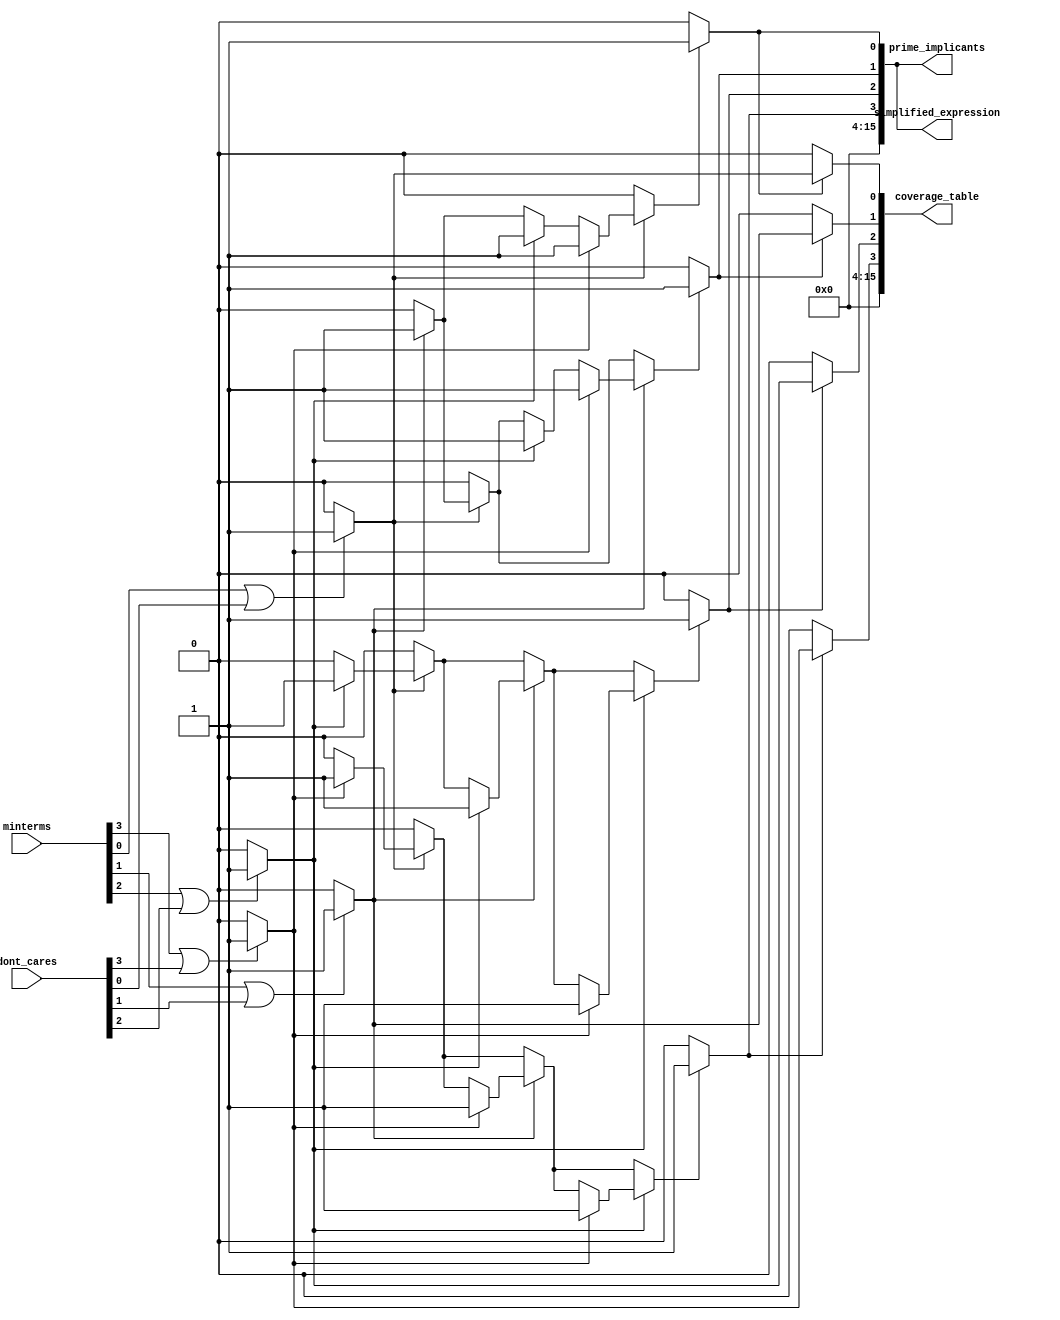
module PrimeImplicantExtractor (
    input [3:0] minterms,          // 4-bit input for minterms (e.g., 0-15 for 4 variables)
    input [3:0] dont_cares,       // 4-bit input for don't care conditions
    output reg [15:0] prime_implicants, // Output for prime implicants
    output reg [15:0] coverage_table,    // Coverage table for minterms
    output reg [15:0] simplified_expression // Simplified expression in canonical form
);

// Internal signals
reg [15:0] implicants; // Intermediate implicants
reg [15:0] temp_implicants; // Temporary storage for implicants
integer i, j;

// Minterm Identification
always @(*) begin
    implicants = 0;
    for (i = 0; i < 16; i = i + 1) begin
        if (minterms[i] || dont_cares[i]) begin
            implicants[i] = 1; // Mark minterms and don't cares
        end
    end
end

// Implicant Generation
always @(*) begin
    temp_implicants = 0;
    for (i = 0; i < 16; i = i + 1) begin
        if (implicants[i]) begin
            for (j = i + 1; j < 16; j = j + 1) begin
                if (implicants[j]) begin
                    // Combine minterms based on common variables (simplified logic)
                    temp_implicants[i] = 1;
                    temp_implicants[j] = 1;
                end
            end
        end
    end
end

// Prime Implicant Extraction (simplified)
always @(*) begin
    prime_implicants = 0;
    for (i = 0; i < 16; i = i + 1) begin
        if (temp_implicants[i]) begin
            // Check if it's a prime implicant (simplified logic)
            prime_implicants[i] = 1; // Assume all generated implicants are prime for simplicity
        end
    end
end

// Coverage Analysis
always @(*) begin
    coverage_table = 0;
    for (i = 0; i < 16; i = i + 1) begin
        if (prime_implicants[i]) begin
            // Mark coverage for each prime implicant
            coverage_table[i] = implicants[i]; // Simplified coverage logic
        end
    end
end

// Output Formatter (simplified)
always @(*) begin
    simplified_expression = prime_implicants; // Direct mapping for simplicity
end

endmodule